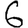
Digit: 6